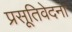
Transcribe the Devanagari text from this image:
प्रसूतिवेदना